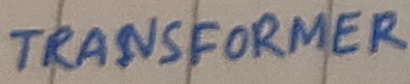
Text: TRANSFORMER